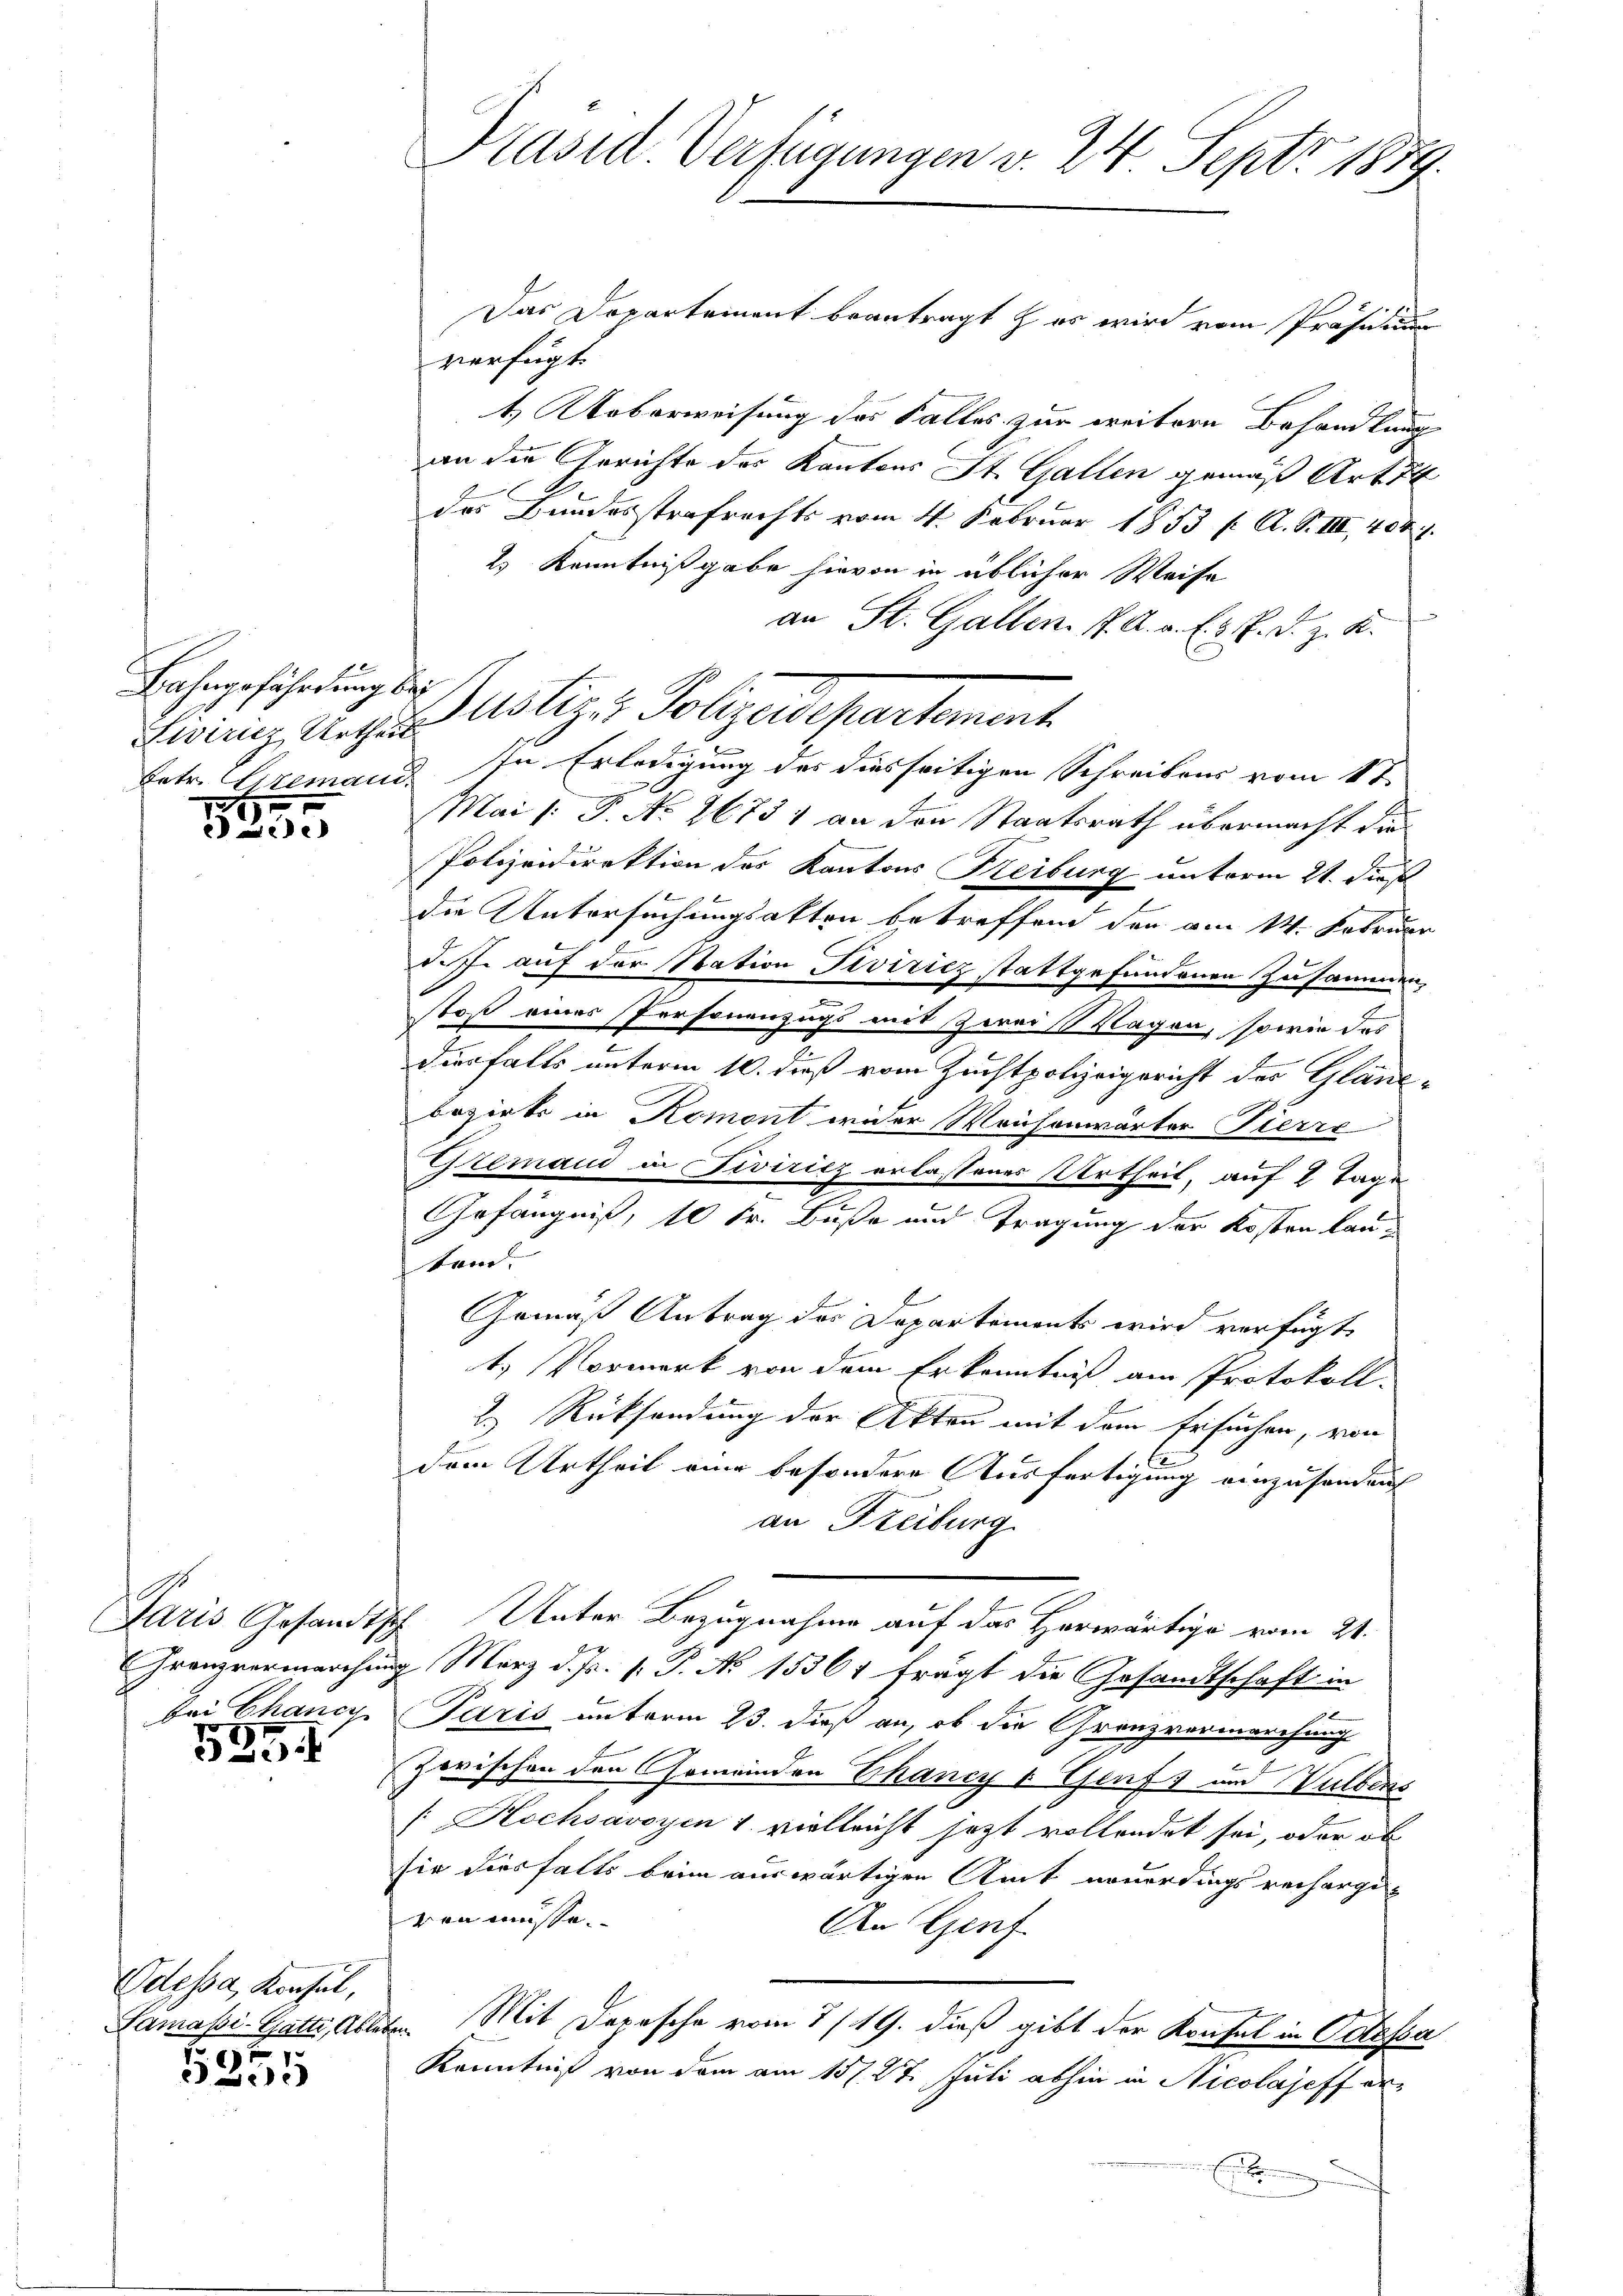
Lahngefährtung be
Fiviricz Urtheil
Tetr. Litemani.
.

Lede

Bei Chance

535

Odessa, Konsul,
Lamasi-Gatti, Able

s
5355

verfügt
4.) Ueberweisung des Falles zur weitern Behandlung
an die Gerichte des Kantons St. Gallen gemäß Art 74
des Bundesstrafrechts vom 4. Februar 1853 f. A. S. III, 404 f.
2) Kenntnißgabe hievon in üblicher Weise
an St. Gallen. Pf. A. a. E. M. D. z. B.
In Erledigung des diesseitigen Schreibens vom 1ten
Mai l. P. No. 26731 an den Staatsrath übermacht die
Polizeidirektion des Kantons Reiburg unterm 21. dies
|
die Untersuchungsakten betreffend der am 14. Februar
d.J. auf der Station Piviricz stattgefundenen Zusammen,
stoß eines Personenzugs mit Zweis Wagen, sowie das
duerfalls unterm 10. dieß vom Zuchtpolizeigericht des Glän-
bezirke in Romont wider Weichenwärter Pierre
Gremand in Fiviricz erlassenes Urtheil, auf 2 Tage
Gefängniß, 10 Fr. Buße und Tragung der Kosten lankam.
Gemäß Antrag des Departements wird verfügt
t. Vormerk von dem Erkenntniß am Protokoll.
2. Rücksendung der Akten mit dem Ersuchen, von
dem Urtheil eine besondere Ausfertigung einzusenden
an Freiburg
Paris Gesandtsch Unter Bezugnahme auf das Herwärtige vom 21.
Granzvermarchung März d. Js. s. P. No 15361 frägt die Gesandtschaft in
Paris unterm 23. dieß an, ob die Granzvermarchung
Zwischen den Gemeinden Chancy v. Gruft und Hubens
 Hochsavoyen u. vielleicht jetzt vollendet sei, oder ob
sie diesfalls beim auswärtigen Amt neuerdings rechargiven müsse
An Genf
B. Mit Depesche vom 7/19. dieß gibt der Konsul in Odossa
Kenntniß von dem am 15. 27. Juli abhin in Nicolajeff erx

Präsid. Verfügungen v. 24. Sept. 1889.

Motizen Polizeikartement

Das Departement beantragt es wird vom Präsidium